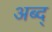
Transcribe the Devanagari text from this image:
अब्द्